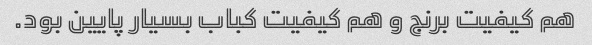
هم کیفیت برنج و هم کیفیت کباب بسیار پایین بود.